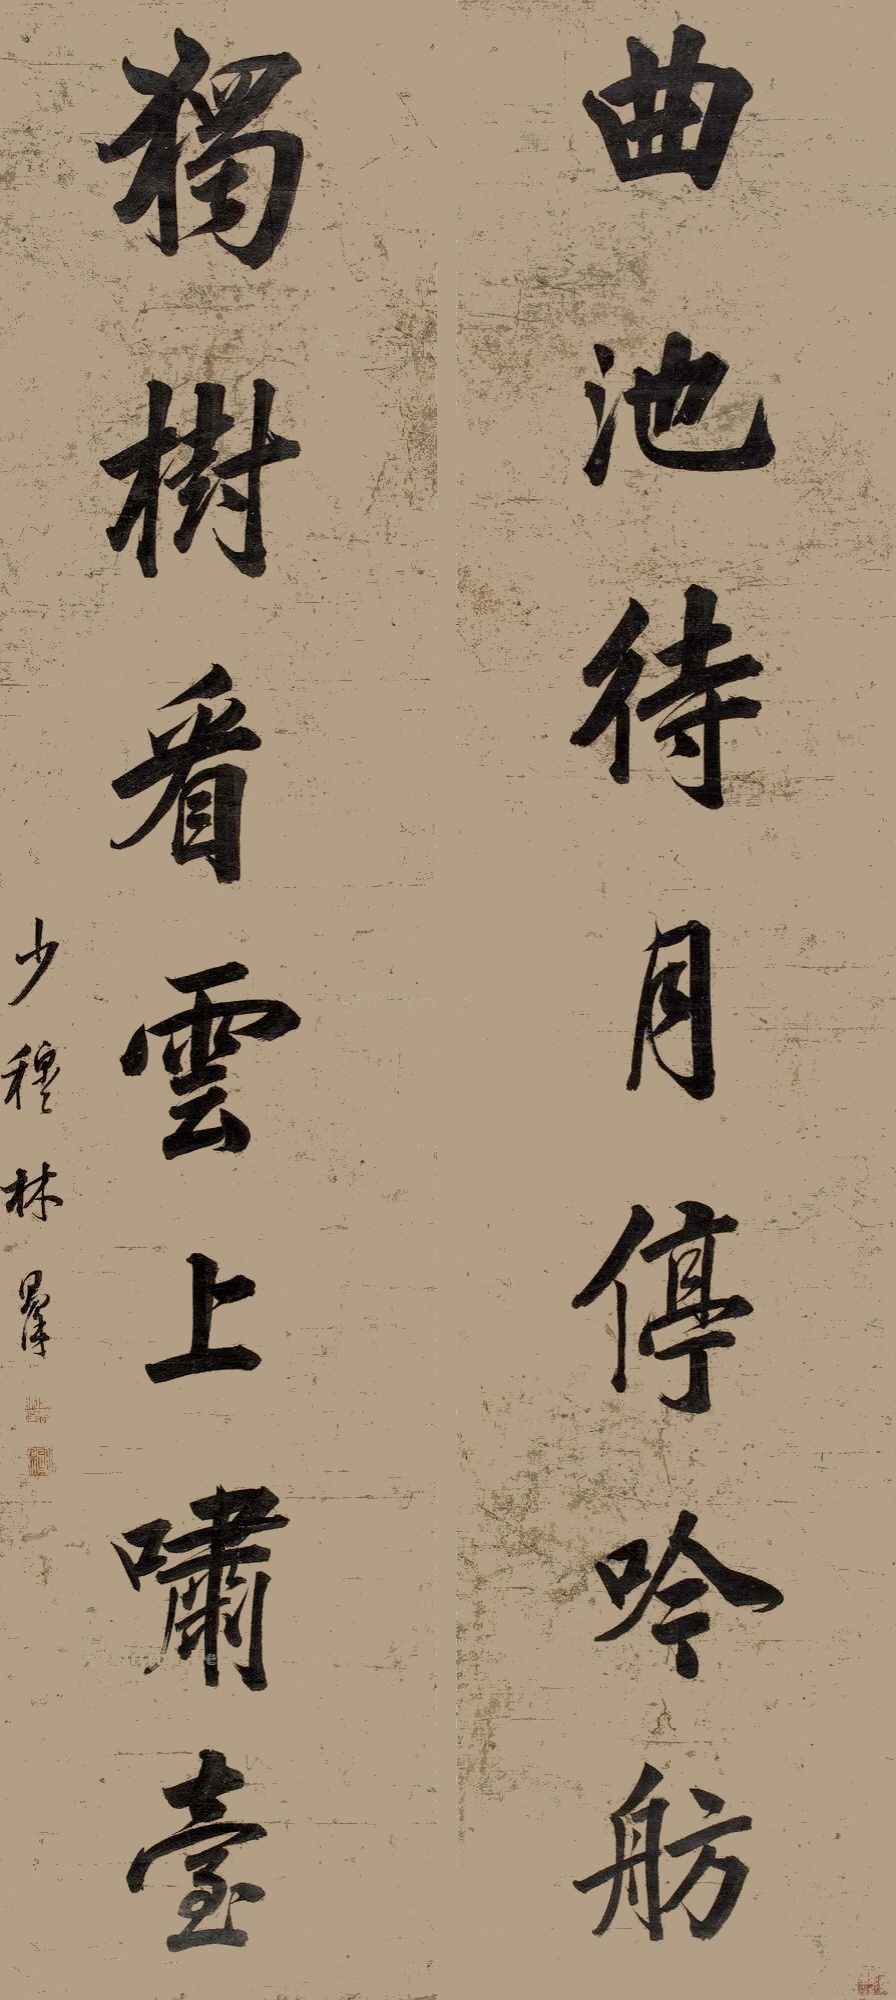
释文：曲池待月停吟舫，独树看云上啸台。少穆林则徐。